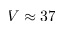
V \approx 3 7